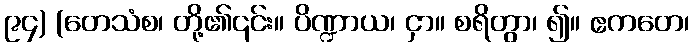
၉၄) (တေသံစ၊ တို့၏၎င်း။ ပိဏ္ဍာယ၊ ငှာ။ စရိတွာ၊ ၍။ ဧကတေ၊